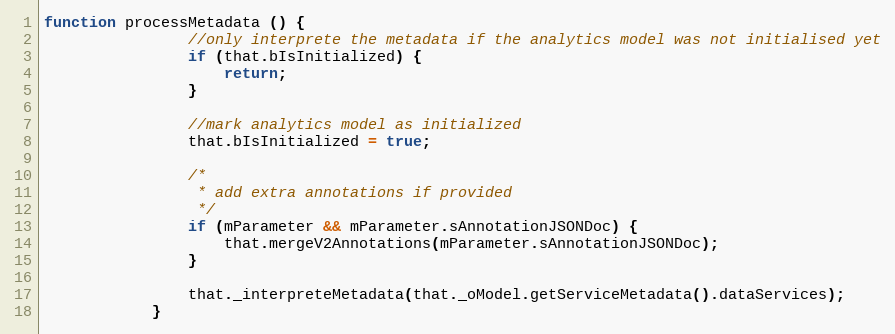
Language: JavaScript
function processMetadata () {
				//only interprete the metadata if the analytics model was not initialised yet
				if (that.bIsInitialized) {
					return;
				}

				//mark analytics model as initialized
				that.bIsInitialized = true;

				/*
				 * add extra annotations if provided
				 */
				if (mParameter && mParameter.sAnnotationJSONDoc) {
					that.mergeV2Annotations(mParameter.sAnnotationJSONDoc);
				}

				that._interpreteMetadata(that._oModel.getServiceMetadata().dataServices);
			}